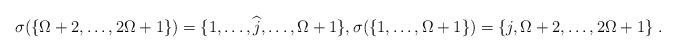
LaTeX: \begin{align*} \sigma( \{\Omega+2,\ldots,2\Omega+1\} ) = \{1,\ldots, \widehat{j},\ldots,\Omega+1\}, \sigma( \{1, \ldots,\Omega+1\} ) =\{j,\Omega+2,\ldots,2\Omega+1\}\;. \end{align*}